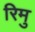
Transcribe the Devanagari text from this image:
रिमु